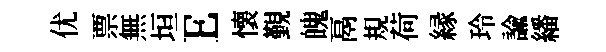
优票無垣E懐覲魄鬲規荷縁玲諭繙